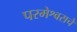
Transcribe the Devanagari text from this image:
परमेश्वराचें